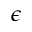
\epsilon